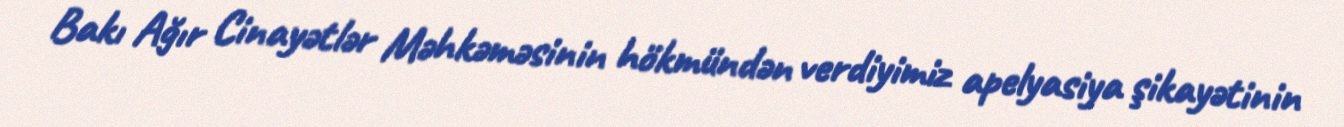
Bakı Ağır Cinayətlər Məhkəməsinin hökmündən verdiyimiz apelyasiya şikayətinin